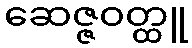
ဆေဇ္ဇဝတ္ထူ